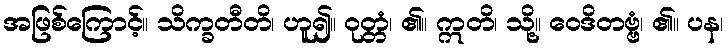
အဖြစ်ကြောင့်။ သိက္ခတီတိ၊ ဟူ၍။ ဝုတ္တံ၊ ၏။ ဣတိ၊ သို့။ ဝေဒိတဗ္ဗံ၊ ၏။ ပန၊